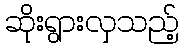
ဆိုးရွားလှသည့်